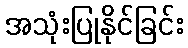
အသုံးပြုနိုင်ခြင်း